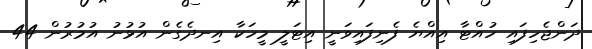
ދަންޖެހިފައި ހުއްޓާ އިއްޔެ ފެނިފައިވަނީ އިޓަލީ މީހަކާ އިނދެގެން އުޅުނު އުމުރުން 44